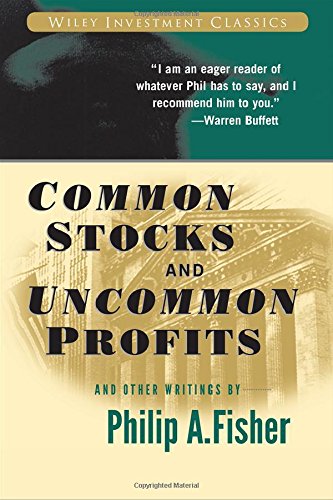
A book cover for Common Stocks and Uncommon Profits and Other Writings; Philip A. Fisher; Business & Money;